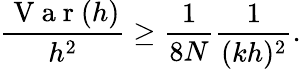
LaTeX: \frac{\mathrm{~V~a~r~}(h)}{h^{2}}\geq\frac{1}{8N}\frac{1}{(kh)^{2}}.